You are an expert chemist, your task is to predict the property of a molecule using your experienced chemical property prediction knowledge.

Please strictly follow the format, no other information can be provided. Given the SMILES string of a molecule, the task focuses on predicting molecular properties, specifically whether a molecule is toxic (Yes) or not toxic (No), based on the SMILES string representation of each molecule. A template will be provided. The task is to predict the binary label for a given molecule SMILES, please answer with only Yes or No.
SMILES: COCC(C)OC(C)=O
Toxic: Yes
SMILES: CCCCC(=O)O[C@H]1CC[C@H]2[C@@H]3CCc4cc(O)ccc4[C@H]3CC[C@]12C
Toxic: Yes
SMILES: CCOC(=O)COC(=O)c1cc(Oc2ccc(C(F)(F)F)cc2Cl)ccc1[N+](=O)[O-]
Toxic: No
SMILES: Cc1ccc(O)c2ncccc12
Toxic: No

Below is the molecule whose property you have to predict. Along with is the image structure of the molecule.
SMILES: CC(=O)OCC(CCn1cnc2cnc(N)nc21)COC(C)=O
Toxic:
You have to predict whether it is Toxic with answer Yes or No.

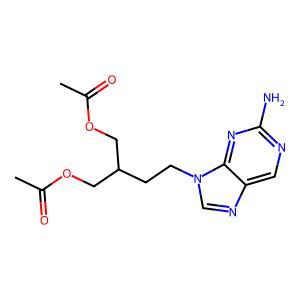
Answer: No